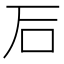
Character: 𥐖